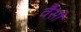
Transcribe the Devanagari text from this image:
वैसों